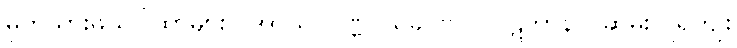
မှတ်သားဖွယ်ဂါထာများ၊ (အာယု၊ ဝဏ္ဏ၊ သုခ၊ ဗလ၊ ပဋိဘာန)။ ဆွမ်းလှူရကျိုး